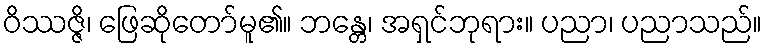
ဝိဿဇ္ဇိ၊ ဖြေဆိုတော်မူ၏။ ဘန္တေ၊ အရှင်ဘုရား။ ပညာ၊ ပညာသည်။